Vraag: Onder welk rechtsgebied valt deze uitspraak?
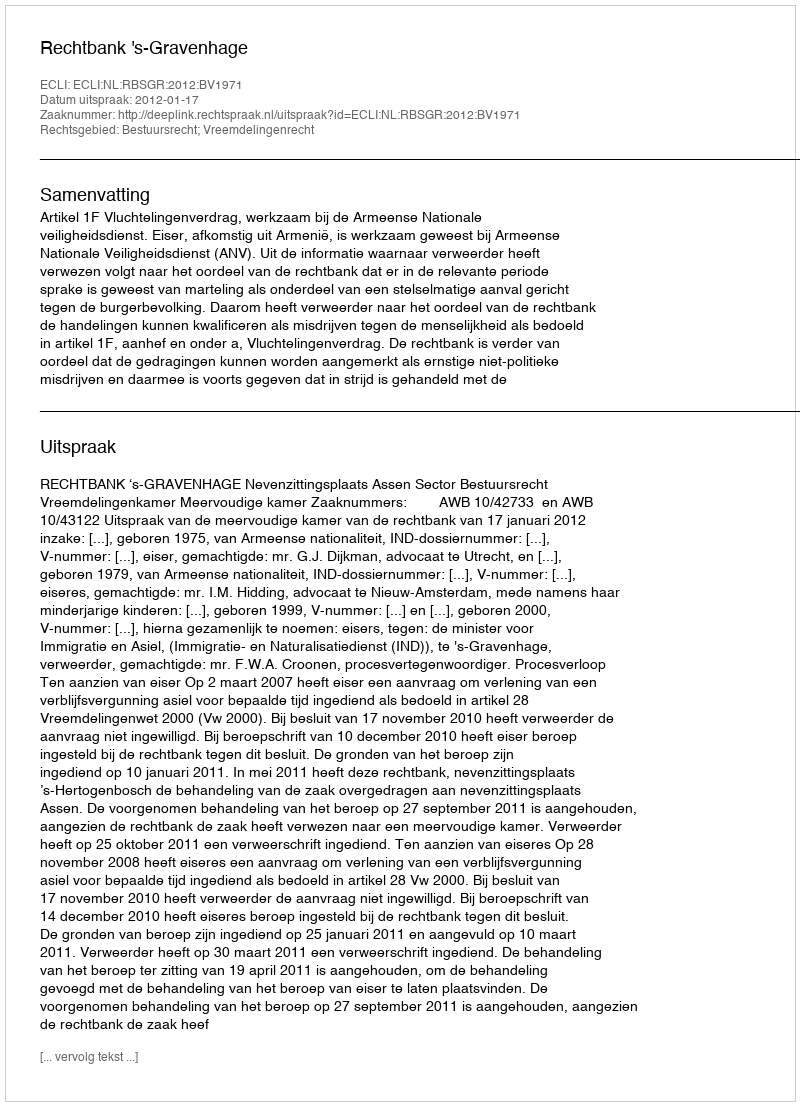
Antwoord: Bestuursrecht; Vreemdelingenrecht